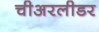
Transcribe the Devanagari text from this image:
चीअरलीडर